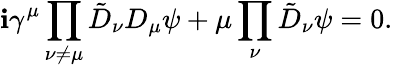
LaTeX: \mathbf{i}\gamma^{\mu}\prod_{\nu\ne\mu}\tilde{{D}}_{\nu}D_{\mu}\psi+\mu\prod_{\nu}\tilde{{D}}_{\nu}\psi=0.